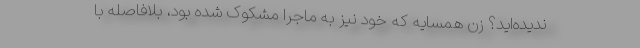
ندیده‌اید؟ زن همسایه که خود نیز به ماجرا مشکوک شده بود، بلافاصله با